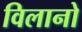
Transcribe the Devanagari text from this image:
विलानो